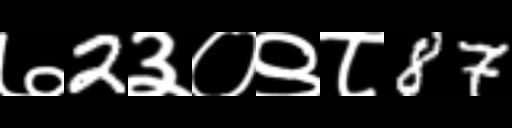
Text: ७2३०९८87